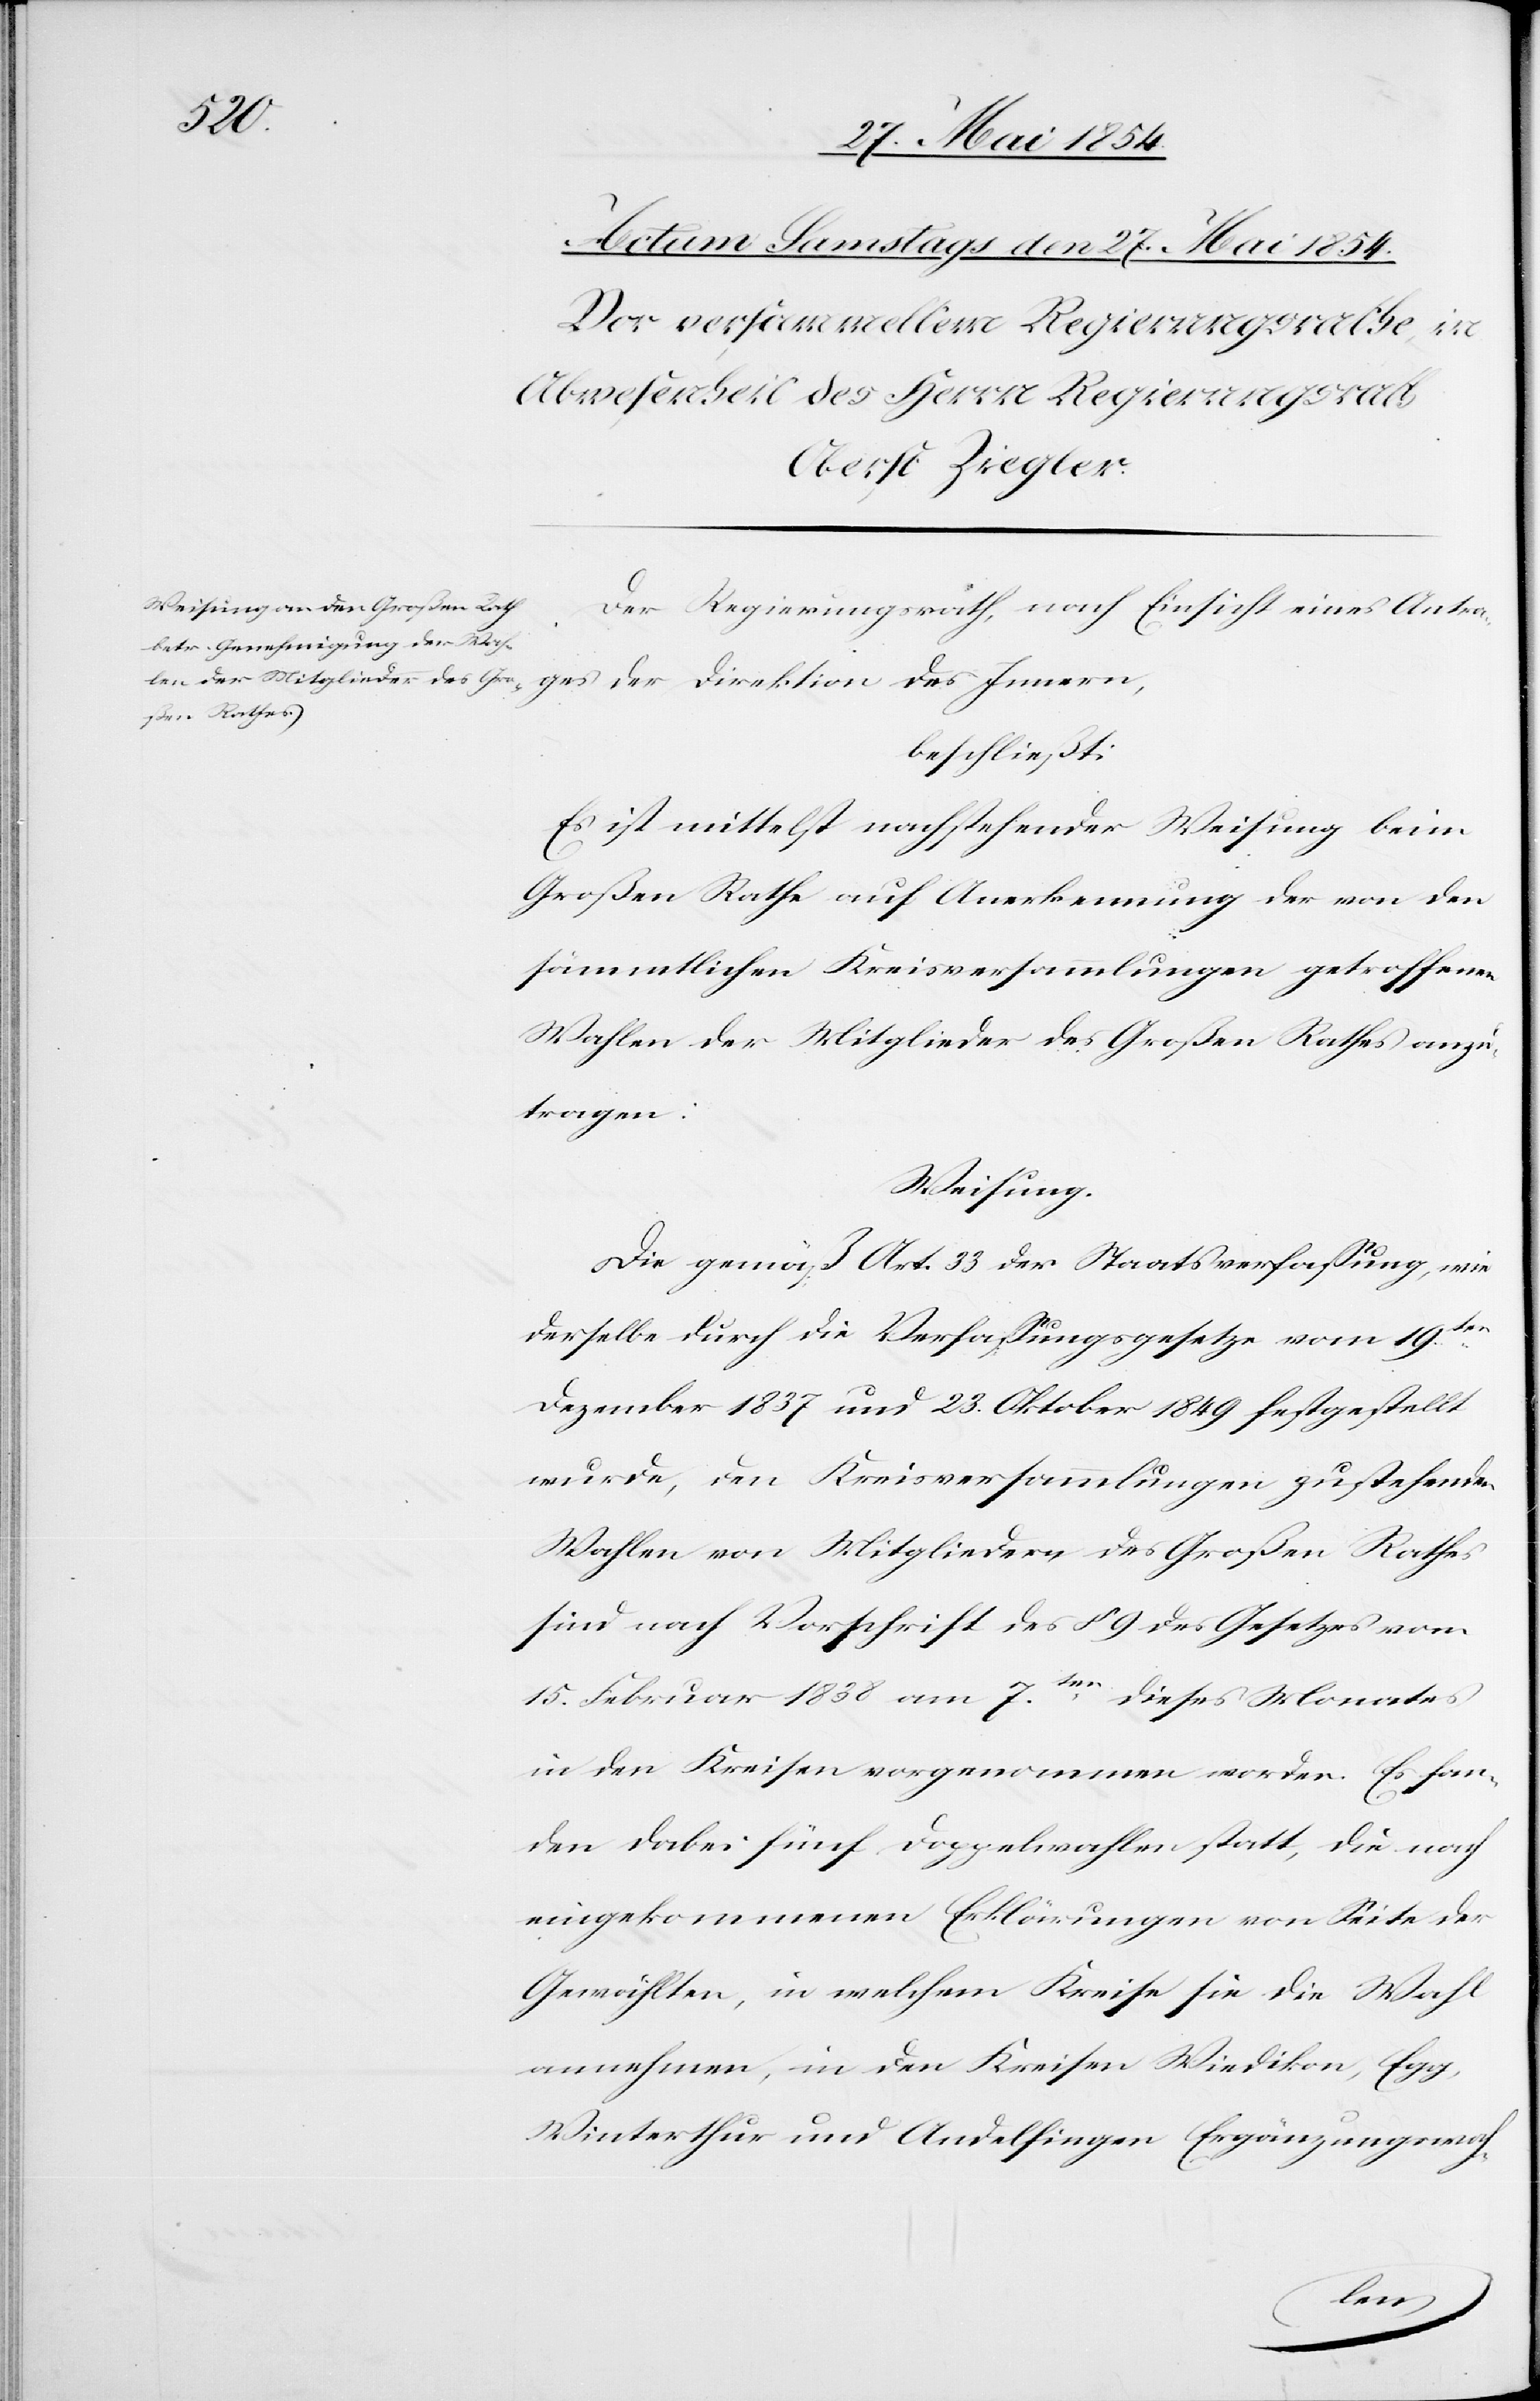
Der Regierungsrath, nach Einsicht eines Antra¬
beschließt:
Es ist mittelst nachstehender Weisung beim
Großen Rathe auf Anerkennung der von den
sämmtlichen Kreisversammlungen getroffenen
Wahlen der Mitglieder des Großen Rathes anzu¬
tragen:
Weisung.
Die gemäß Art. 33 der Staatsverfaßung, wie
dieselben durch die Verfaßungsgesetze vom 19ten
Dezember 1837 und 23. Oktober 1849 festgestellt
wurde, den Kreisversammlungen zustehenden
Wahlen von Mitgliedern des Großen Rathes
sind nach Vorschrift des § 9 des Gesetzes vom
15. Februar 1838 am 7ten dieses Monates
in den Kreisen vorgenommen worden. Es fan¬
den dabei fünf Doppelwahlen statt, die nach
eingekommenen Erklärungen von Seite der
Gewählten, in welchem Kreise sie die Wahl
annehmen, in den Kreisen Wiedikon, Egg,
Winterthur und Andelfingen Ergänzungswah-
Innern,